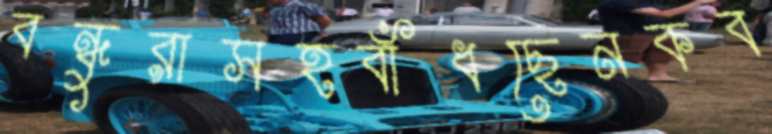
বন্ধুরাসহবাঁধছেনকব